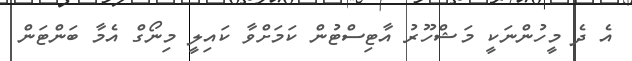
އެ ދެ މީހުންނަކީ މަޝްހޫރު އާޓިސްޓުން ކަމަށްވާ ކައިލީ މިނޯގް އެމާ ބަންޓަން